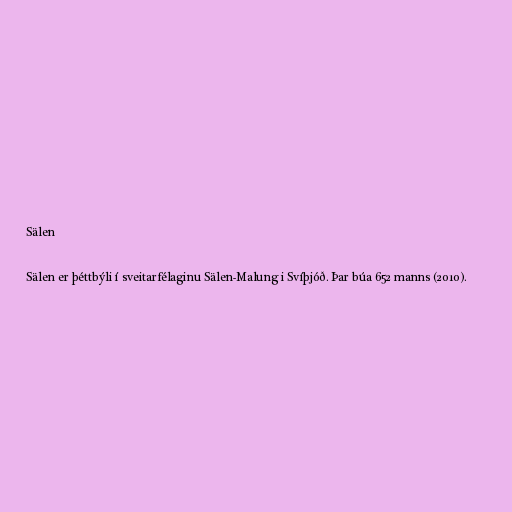
Sälen

Sälen er þéttbýli í sveitarfélaginu Sälen-Malung i Svíþjóð. Þar búa 652 manns (2010).